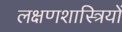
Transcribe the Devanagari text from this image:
लक्षणशास्त्रियों